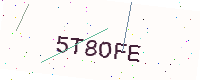
Text: 5T8OFE